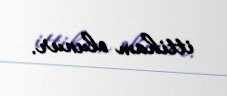
ittiham olunur.